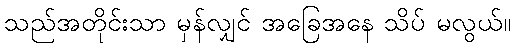
သည်အတိုင်းသာ မှန်လျှင် အခြေအနေ သိပ် မလွယ်။